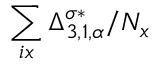
\sum _ { i x } \Delta _ { 3 , 1 , \alpha } ^ { \sigma * } / N _ { x }